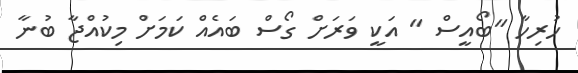
ހުރިހާ "ބޯއީސް " އަކީ ވަރަށް ގޯސް ބައެއް ކަމަށް މިކުއްޖާ ބުނާ